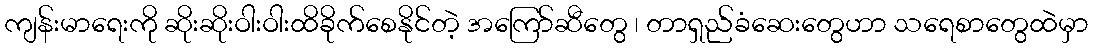
ကျန်းမာရေးကို ဆိုးဆိုးဝါးဝါးထိခိုက်စေနိုင်တဲ့ အကြော်ဆီတွေ ၊ တာရှည်ခံဆေးတွေဟာ သရေစာတွေထဲမှာ